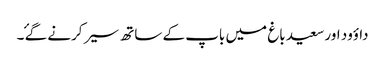
داؤود اور سعید باغ میں باپ کے ساتھ سیر کرنے گۓ ۔